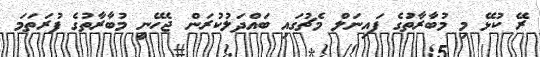
ރޭ ކުޅޭ މި މުބާރާތުަގެ ފައިނަލް މެޗުގައި ބައްދަލުކުރަން ޖެހޭނީ މުބާރާތުގެ ފުރަތަމަ